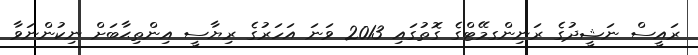
ރައީސް ނަޝީދުގެ ރަނިންގމޭޓްގެ ގޮތުގައި 2013 ވަނަ އަހަރުގެ ރިޔާސީ އިންތިޙާބަށް ނިކުންނަވާ